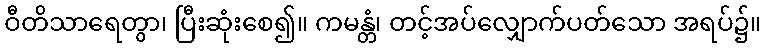
ဝီတိသာရေတွာ၊ ပြီးဆုံးစေ၍။ ကမန္တံ၊ တင့်အပ်လျှောက်ပတ်သော အရပ်၌။